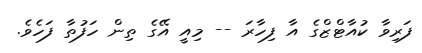
ފަރިވާ ކުއާޓްޒްގެ އާ ފިހާރަ -- މިއީ އޭގެ ތިން ހަފުތާ ފަހެވެ.